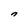
Character: n